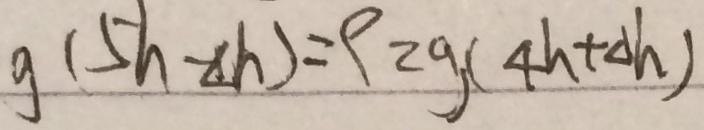
g ( 5 h - \Delta h ) = \rho _ { z g } ( 4 h + \Delta h )